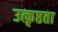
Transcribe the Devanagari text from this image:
उत्कृष्ठता